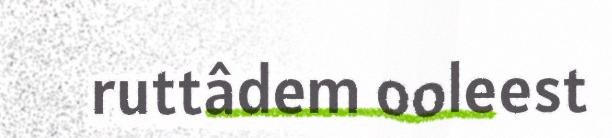
ruttâdem ooleest